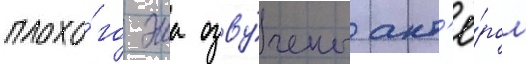
плохо́го эша озву́чены акт'ё́ром